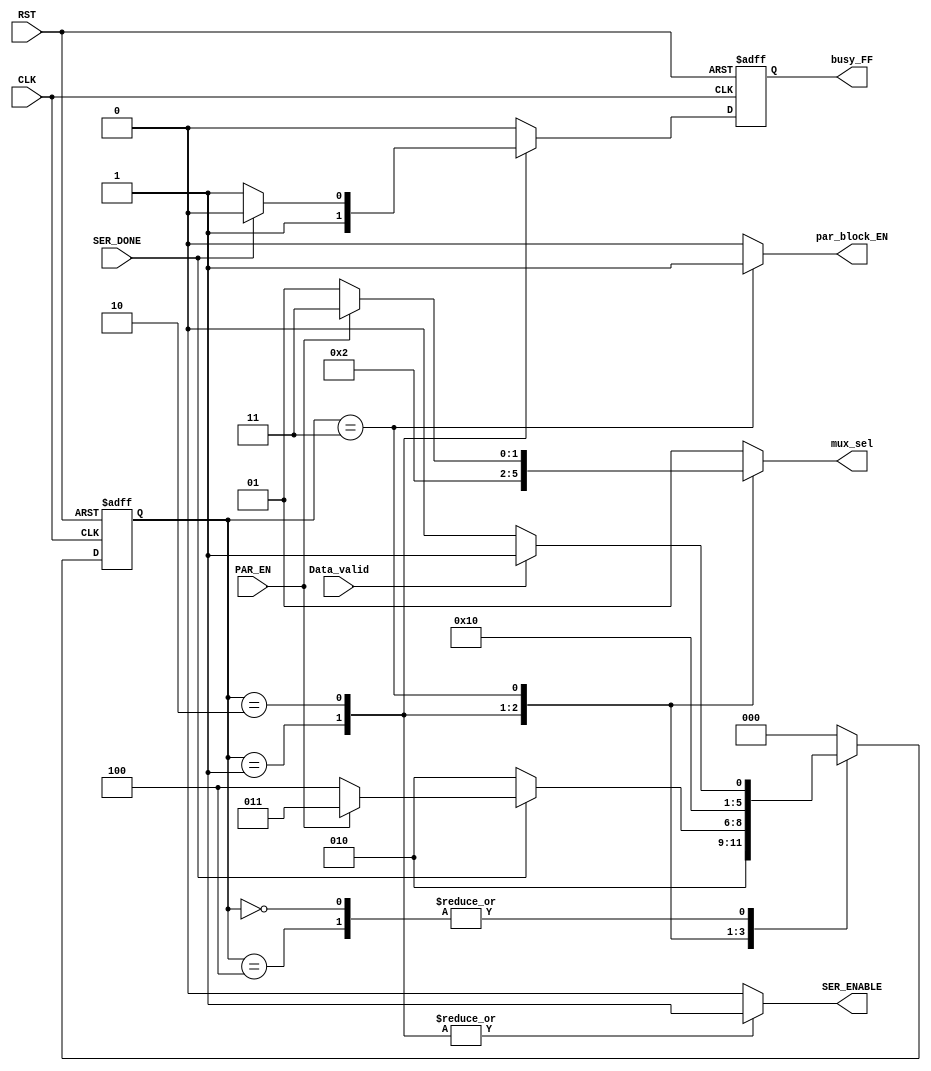
module FSM_UART_TX #(parameter select_width=2,START_BIT=0,STOP_BIT=1)(

input Data_valid,PAR_EN,SER_DONE,
input CLK,RST,
output reg [select_width-1:0] mux_sel,
output reg busy_FF ,SER_ENABLE,par_block_EN


);

localparam [2:0] IDLE =3'b000,
		            START=3'b001,
		            DATA=3'b010,
		            PARITY=3'b011,
		            STOP=3'b100;


//moore
reg [2:0] CU_STATE,NXT_STATE;
reg busy;

always @(posedge CLK or negedge RST)
begin 

if(!RST) begin 
	CU_STATE<=IDLE;
	busy_FF<=0;
end
else begin 
	CU_STATE<=NXT_STATE;
	busy_FF<=busy;
	
end

end

always @(*) begin 
case(CU_STATE)
IDLE: begin 
	SER_ENABLE=0;
	par_block_EN=0;
	busy=0;
	mux_sel=1; //pass the always 111111
if(Data_valid)
	NXT_STATE=START;
else
	NXT_STATE=IDLE;
end



START: begin

    SER_ENABLE=1;
	busy=1; 
	par_block_EN=0;
	mux_sel=0; //pass the always 111111
	NXT_STATE=DATA;	
	end

	
DATA:
 begin 
	SER_ENABLE=1;
	par_block_EN=0;
	busy=1;
	mux_sel=2; //pass the always 111111
	if(SER_DONE)
	begin
		busy=0;
		if(PAR_EN)
			NXT_STATE=PARITY;
		else
		NXT_STATE=STOP;
	end
	else
		NXT_STATE=DATA;
end


PARITY: begin
	SER_ENABLE=0;
	par_block_EN=1;
	busy=0;
	if(PAR_EN)
		mux_sel=3; //pass the always 111111
	else
		mux_sel=1; //       11 
	
	NXT_STATE=STOP;
	
	end
	
	
STOP: begin 
	SER_ENABLE=0;
	par_block_EN=0;
	busy=0;
	mux_sel=1; //pass the always 111111
	
	if(Data_valid)
		NXT_STATE=START;
	else
		NXT_STATE=IDLE;
	

end
default: begin
            busy = 1'b0 ;
			par_block_EN=0;
			SER_ENABLE = 1'b0 ;
            mux_sel = 2'b01 ;
			NXT_STATE=IDLE;			
           end	
endcase




end






endmodule